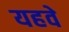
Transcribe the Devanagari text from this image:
यहवे